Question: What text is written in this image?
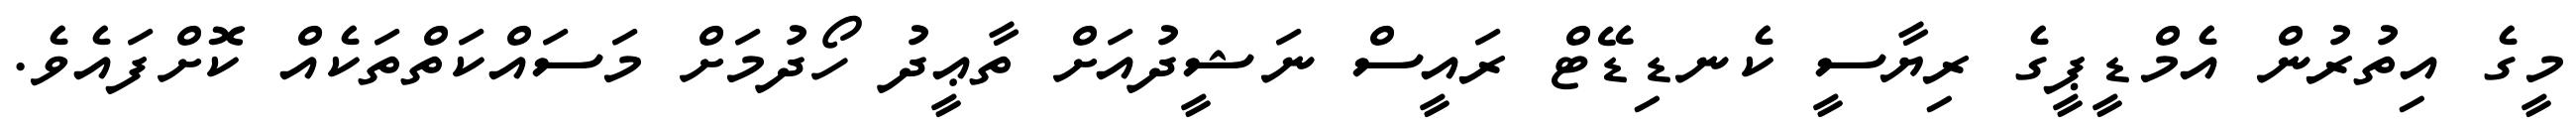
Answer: މީގެ އިތުރުން އެމްޑީޕީގެ ރިޔާސީ ކެނޑިޑޭޓް ރައީސް ނަޝީދުއަށް ތާޢީދު ހޯދުމަށް މަސައްކަތްތަކެއް ކޮށްފައެވެ.